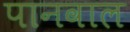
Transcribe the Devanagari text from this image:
पानवाल